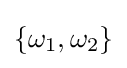
\{\omega _{1},\omega _{2}\}\,\!